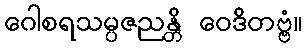
ဂေါစရသမ္ပဇညန္တိ ဝေဒိတဗ္ဗံ။